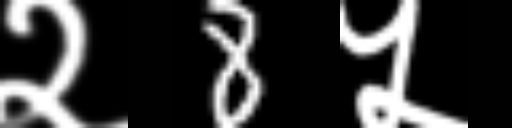
Text: २8५